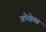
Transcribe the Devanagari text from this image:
अपेक्षेसह